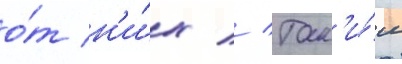
о́т н'и́х // Так'и́м